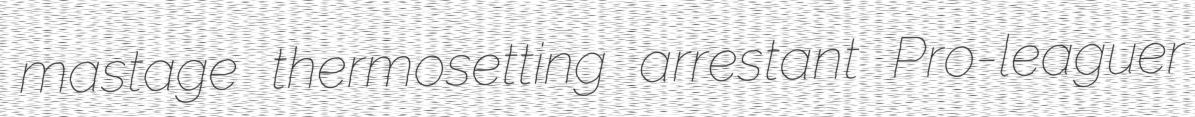
mastage thermosetting arrestant Pro-leaguer